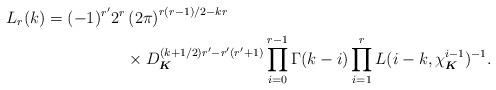
LaTeX: \begin{align*} L_{r}(k) = (-1)^{r'}2^{r} & \left(2\pi\right)^{r(r-1)/2 - kr} \\ & \times D_{\boldsymbol{K}}^{(k+1/2)r' - r'(r'+1)} \prod_{i=0}^{r-1}\Gamma(k-i)\prod_{i=1}^{r}L(i-k, \chi_{\boldsymbol{K}}^{i-1})^{-1}. \end{align*}